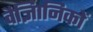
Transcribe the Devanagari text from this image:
वैज्ञिानिकों